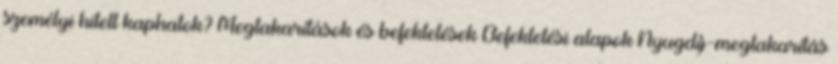
személyi hitelt kaphatok? Megtakarítások és befektetések Befektetési alapok Nyugdíj-megtakarítás